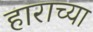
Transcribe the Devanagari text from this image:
हाराच्या